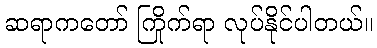
ဆရာကတော် ကြိုက်ရာ လုပ်နိုင်ပါတယ်။